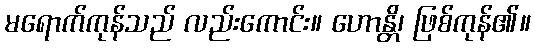
မရောက်ကုန်သည် လည်းကောင်း။ ဟောန္တိ၊ ဖြစ်ကုန်၏။